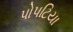
પોપટિયા